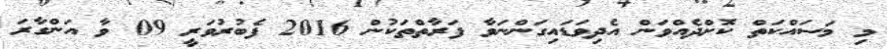
މި މަސައްކަތް ކޮށްދެއްވަން އެދިވަޑައިގަންނަވާ ފަރާތްތަކުން 2016 ފެބުރުވަރީ 09 ވާ އަންގާރަ